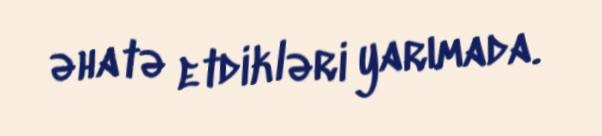
əhatə etdikləri yarımada.